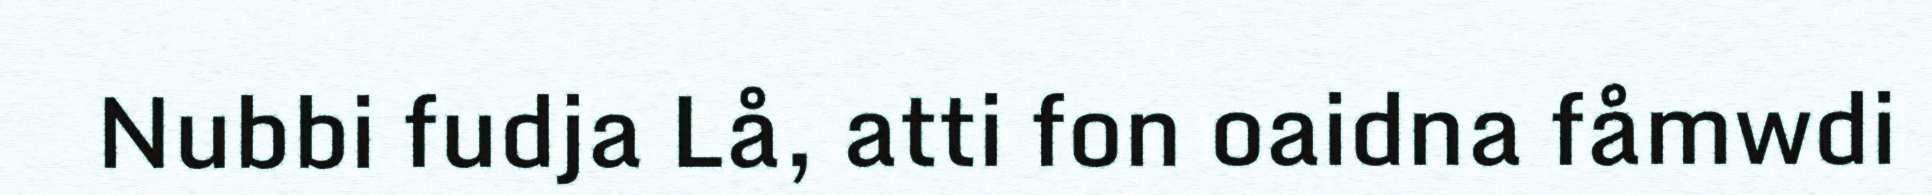
Nubbi fudja Lå, atti fon oaidna fåmwdi